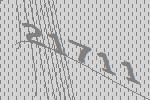
21711